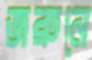
জরুনে